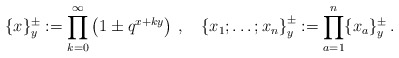
\begin{align*}\{x\}_{y}^{\pm }:=\prod\limits_{k=0}^{\infty }\left( 1\pm q^{x+ky}\right)\,,\quad \left\{ x_{1};\ldots ;x_{n}\right\} _{y}^{\pm}:=\prod\limits_{a=1}^{n}\{x_{a}\}_{y}^{\pm }\,.\end{align*}